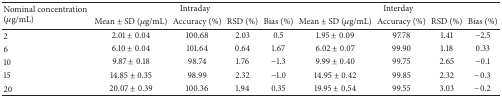
<table><thead><tr><td rowspan="2"><b>Nominal concentration (<i>μ</i>g/mL)</b></td><td colspan="4"><b>Intraday</b></td><td colspan="4"><b>Interday</b></td></tr><tr><td><b>Mean ± SD (<i>μ</i>g/mL)</b></td><td><b>Accuracy (%)</b></td><td><b>RSD (%)</b></td><td><b>Bias (%)</b></td><td><b>Mean ± SD (<i>μ</i>g/mL)</b></td><td><b>Accuracy (%)</b></td><td><b>RSD (%)</b></td><td><b>Bias (%)</b></td></tr></thead><tbody><tr><td>2</td><td>2.01 ± 0.04</td><td>100.68</td><td>2.03</td><td>0.5</td><td>1.95 ± 0.09</td><td>97.78</td><td>1.41</td><td>−2.5</td></tr><tr><td>6</td><td>6.10 ± 0.04</td><td>101.64</td><td>0.64</td><td>1.67</td><td>6.02 ± 0.07</td><td>99.90</td><td>1.18</td><td>0.33</td></tr><tr><td>10</td><td>9.87 ± 0.18</td><td>98.74</td><td>1.76</td><td>−1.3</td><td>9.99 ± 0.40</td><td>99.75</td><td>2.65</td><td>−0.1</td></tr><tr><td>15</td><td>14.85 ± 0.35</td><td>98.99</td><td>2.32</td><td>−1.0</td><td>14.95 ± 0.42</td><td>99.85</td><td>2.32</td><td>−0.3</td></tr><tr><td>20</td><td>20.07 ± 0.39</td><td>100.36</td><td>1.94</td><td>0.35</td><td>19.95 ± 0.54</td><td>99.55</td><td>3.03</td><td>−0.2</td></tr></tbody></table>